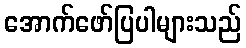
အောက်ဖော်ပြပါများသည်